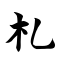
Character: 札